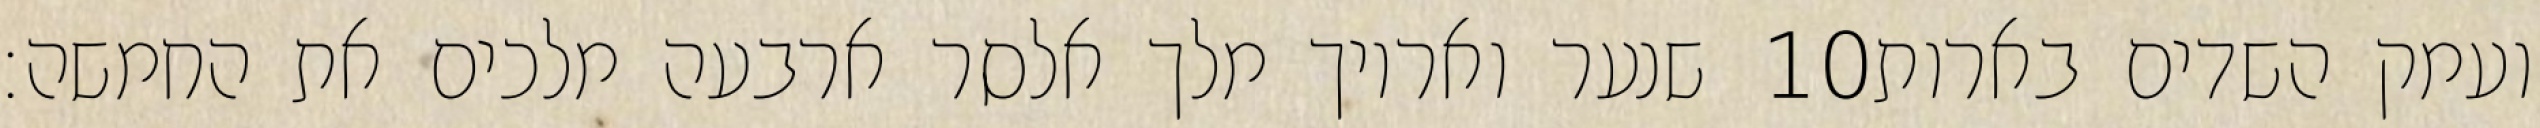
שנער ואריוך מלך אלסר ארבעה מלכים את החמשה׃ ‎10‏ ועמק השדים בארות